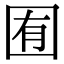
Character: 囿